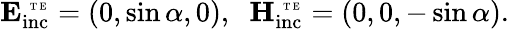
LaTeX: \mathbf{E_{\mathrm{inc}}^{\mathrm{~\tiny~T~E~}}}=(0,\sin\alpha,0),\; \; \mathbf{H_{\mathrm{inc}}^{\mathrm{~\tiny~T~E~}}}=(0,0,-\sin\alpha).